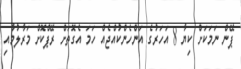
ޕޭން ނަމަކަށް ކިޔާ 8 އަހަރުގެ އަންހެންކުއްޖެއް ހަމަ އެގޮތަށް ރޭޕްކޮށް މަރާލުމާއި